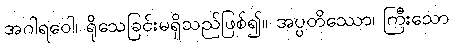
အဂါရဝေါ၊ ရိုသေခြင်းမရှိသည်ဖြစ်၍။ အပ္ပတိဿော၊ ကြီးသော